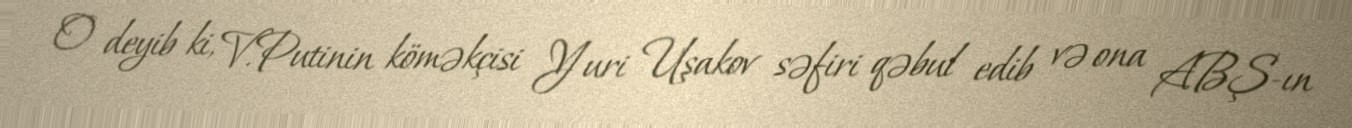
O deyib ki, V.Putinin köməkçisi Yuri Uşakov səfiri qəbul edib və ona ABŞ-ın